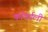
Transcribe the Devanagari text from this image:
कॉवर्डली